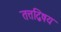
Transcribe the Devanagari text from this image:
तत्तद्विषय